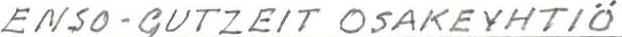
ENSO-GUTZEIT OSAKEYHTIÖ